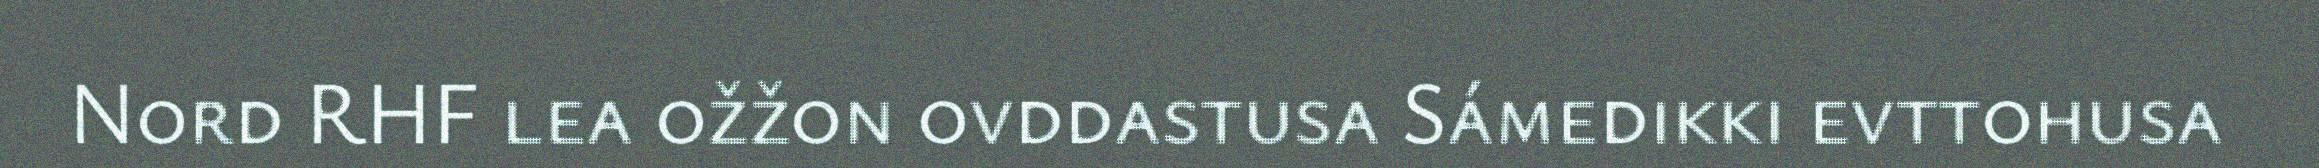
Nord RHF lea ožžon ovddastusa Sámedikki evttohusa